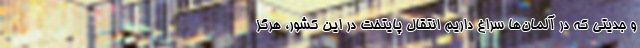
و جديتي كه در آلمان‌ها سراغ داريم انتقال پایتخت در این کشور، هرگز